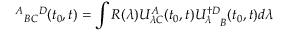
\ { ^ A } { _ B } { _ C } { ^ D } ( t _ { 0 } , t ) = \int R ( \lambda ) U _ { \lambda C } ^ { A } ( t _ { 0 } , t ) { U _ { \lambda } ^ { \dagger D } } _ { B } ( t _ { 0 } , t ) d \lambda